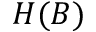
H ( B )